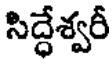
సిద్ధేశ్వరీ